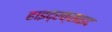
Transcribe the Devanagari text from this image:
हाइद्रक्साइद